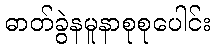
ဓာတ်ခွဲနမူနာစုစုပေါင်း